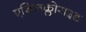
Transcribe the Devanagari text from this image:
एथिलक्लोराइड